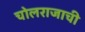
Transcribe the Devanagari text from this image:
चोलराजाची